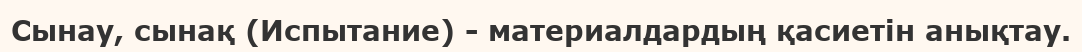
Сынау, сынақ (Испытание) - материалдардың қасиетін анықтау.